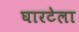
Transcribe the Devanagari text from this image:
घारटेला